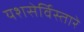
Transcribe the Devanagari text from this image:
यशसेर्विस्तारे